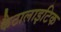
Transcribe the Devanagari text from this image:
कैटालाइटिक